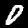
Digit: 0